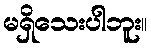
မရှိသေးပါဘူး။